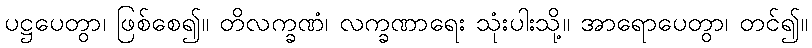
ပဋ္ဌပေတွာ၊ ဖြစ်စေ၍။ တိလက္ခဏံ၊ လက္ခဏာရေး သုံးပါးသို့။ အာရောပေတွာ၊ တင်၍။